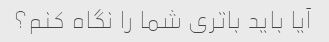
آیا باید باتری شما را نگاه کنم؟